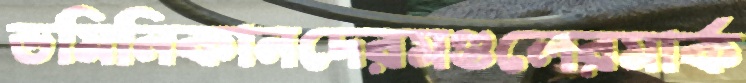
ডমিনিকানদেরমণ্ডলেরমার্ক